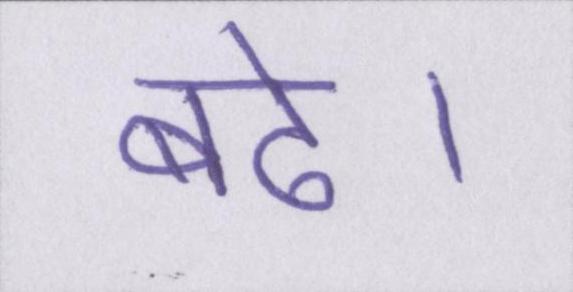
बढे।